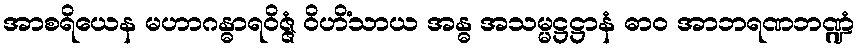
အာစရိယေန မဟာဂန္ဓာရဝိဇ္ဇံ ဝိဟိံသာယ အန္ဓ အသမ္မဋ္ဌဋ္ဌာနံ ဓာဝ အာဘရဏဘဏ္ဍံ